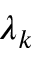
\lambda _ { k }